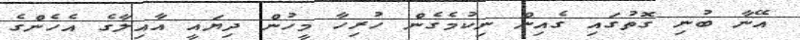
އޭނާ ބުނި ގޮތުގައި ގެއިން ނިކުމެގެން ހުރިހާ މީހުން ދިޔައީ އާއިލާގެ އެހެންގެ